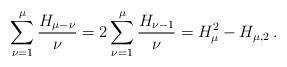
LaTeX: \begin{align*}\sum_{\nu = 1}^\mu {\frac{{H_{\mu - \nu } }}{\nu }} = 2\sum_{\nu = 1}^\mu {\frac{{H_{\nu - 1} }}{\nu }} = H_\mu ^2 - H_{\mu ,2}\,.\end{align*}